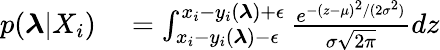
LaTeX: \begin{array}{rl}{p(\boldsymbol{\lambda}|X_{i})}&{{}=\int_{x_{i}-y_{i}(\boldsymbol{\lambda})-\epsilon}^{x_{i}-y_{i}(\boldsymbol{\lambda})+\epsilon}\frac{e^{-(z-\mu)^{2}/(2\sigma^{2})}}{\sigma\sqrt{2\pi}}dz}\end{array}